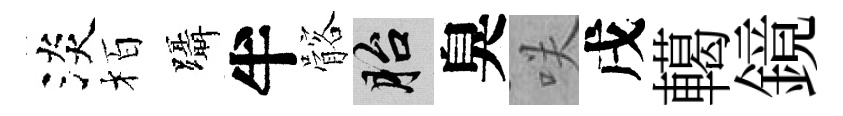
淡栢躡半髂胎臭咲戌轕鏡